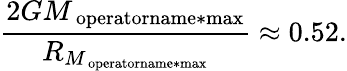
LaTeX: {\frac{2G{M}_{\mathrm{\ operatorname*{max}}}}{{R}_{{M}_{\mathrm{\ operatorname*{max}}}}}}\approx 0.52.